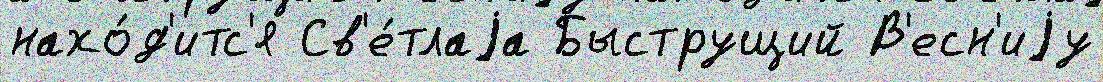
нахо́д'итс'я Св'е́тлаjа Быструщий В'есн'иjу